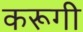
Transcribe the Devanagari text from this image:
करूगी